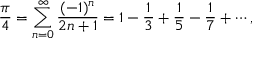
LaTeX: { \frac { \pi } { 4 } } = \sum _ { n = 0 } ^ { \infty } { \frac { ( - 1 ) ^ { n } } { 2 n + 1 } } = 1 - { \frac { 1 } { 3 } } + { \frac { 1 } { 5 } } - { \frac { 1 } { 7 } } + \cdots ,